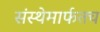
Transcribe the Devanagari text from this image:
संस्थेमार्फतच